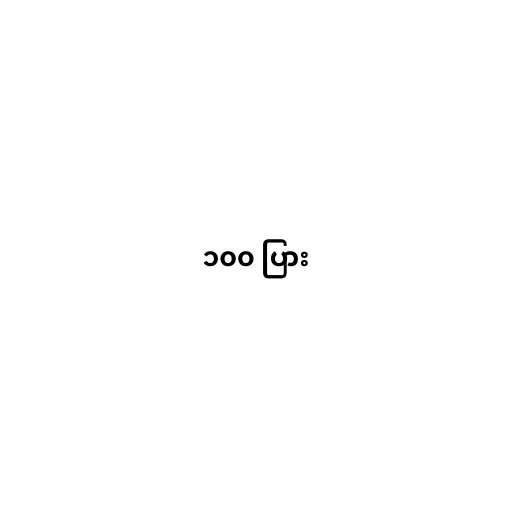
၁၀၀ ပြား